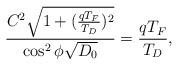
LaTeX: \begin{align*}\frac{C^2\sqrt{1 + (\frac{qT_F}{T_D})^2}}{\cos^2\phi \sqrt{D_0}} =\frac{qT_F}{T_D},\end{align*}